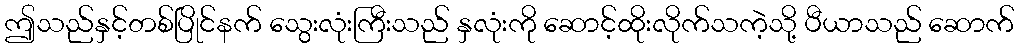
ဤသည်နှင့်တစ်ပြိုင်နက် သွေးလုံးကြီးသည် နှလုံးကို ဆောင့်ထိုးလိုက်သကဲ့သို့ ပီယာသည် ဆောက်